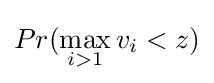
Pr(\max _{i>1}v_{i}<z)